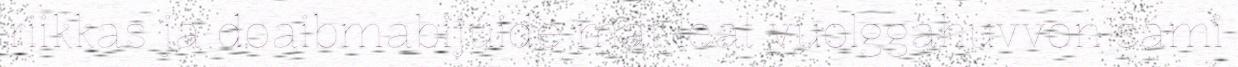
riikkas ja doaibmabijuide mat leat vuolggahuvvon sámi